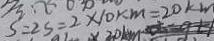
S = 2 S = 2 \times 1 0 k m = 2 0 k m